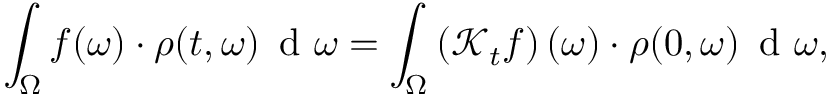
\int _ { \Omega } f ( \omega ) \cdot \rho ( t , \omega ) \, \mathrm { ~ d ~ } \omega = \int _ { \Omega } \left( \mathcal { K } _ { t } f \right) ( \omega ) \cdot \rho ( 0 , \omega ) \, \mathrm { ~ d ~ } \omega ,